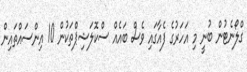
ގްލޯނެޓުން ބުނީ މި އަހަރުގެ ފެއާގައި ވެސް ބައެއް ސްކޮލަޝިޕްތަކުން 10 އިންސައްތައިން